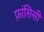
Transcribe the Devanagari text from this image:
फ़ांसिसी